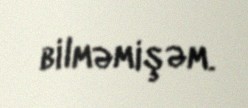
bilməmişəm.